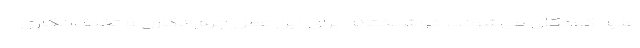
علیه کودکان می‌شوند. خوشبختانه برای این عمل جرم‌انگاری و تخلف‌انگاری